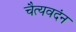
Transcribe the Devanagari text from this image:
चैत्यवदंन